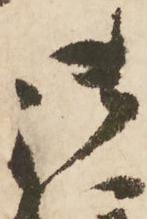
御